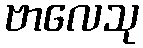
ဗာလေသု